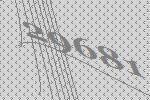
29681